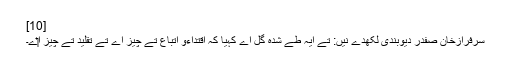
[10]
سرفرازخان صفدر دیوبندی لکھدے نيں: تے ایہ طے شدہ گل اے کہیا کہ اقتداءو اتباع تے چیز اے تے تقلید تے چیز ا‏‏ے۔